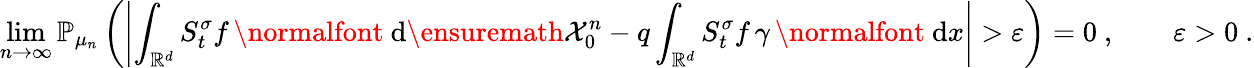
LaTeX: \operatorname*{lim}_{n\to\infty}{\mathbb P}_{\mu_{n}}\left(\left|\int_{{\mathbb R}^{d}}S_{t}^{\sigma}f\, \mathrm{\normalfont~d}\ensuremath{\mathcal X}_{0}^{n}-q\int_{{\mathbb R}^{d}}S_{t}^{\sigma}f\, \gamma\, \mathrm{\normalfont~d}x\right|>\varepsilon\right)=0\ ,\qquad\varepsilon>0\ .